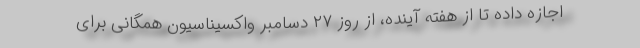
اجازه داده تا از هفته آینده، از روز ۲۷ دسامبر واکسیناسیون همگانی برای